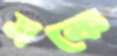
মফে